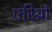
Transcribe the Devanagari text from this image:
एरिथ्रो